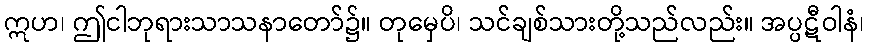
ဣဟ၊ ဤငါဘုရားသာသနာတော်၌။ တုမှေပိ၊ သင်ချစ်သားတို့သည်လည်း။ အပ္ပဋီဝါနံ၊